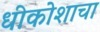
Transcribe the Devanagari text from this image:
धीकोशाचा